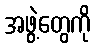
အဖွဲ့တွေကို